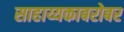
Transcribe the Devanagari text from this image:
साहाय्यकाबरोबर